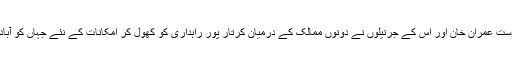
میرے دوست عمران خان اور اس کے جرنیلوں نے دونوں ممالک کے درمیان کرتار پور راہداری کو کھول کر امکانات کے نئے جہاں کو آباد کیا ہے ۔